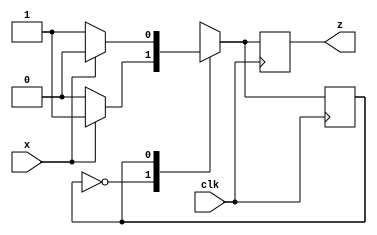
module o_e_parity(x,clk,z);
input x,clk;
output reg z;
reg even_odd;
parameter EVEN=0, ODD=1;

always @(posedge clk)
case(even_odd)
	EVEN: begin
		z<=x?1:0; //If X==1, then z==1 else z==0
		even_odd<=x?ODD:EVEN;
	end
	ODD: begin
		z<=x?0:1;	//if x==1, then z=0 else z==1
		even_odd<=x?EVEN:ODD;
	end
	default: even_odd<=EVEN;
	endcase
	endmodule